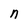
Character: n